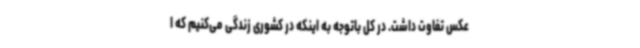
عکس تفاوت داشت. در کل باتوجه به اینکه در کشوری زندگی می‌کنیم که ا